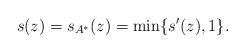
LaTeX: \begin{align*} s(z) = s_{A^*}(z) = \min \{ s'(z), 1 \}.\end{align*}